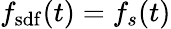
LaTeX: f_{\mathrm{sdf}}(t)=f_{s}(t)